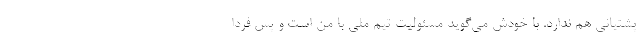
پشتیانی هم ندارد. با خودش می‌گوید مسئولیت تیم ملی با من است و پس فردا